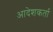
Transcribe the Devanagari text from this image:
आदेशकर्ता